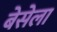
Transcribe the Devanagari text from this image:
बेसेला